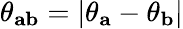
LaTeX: \theta_{\mathbf{ab}}=|\theta_{\mathbf{a}}-\theta_{\mathbf{b}}|